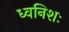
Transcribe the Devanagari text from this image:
ध्वनिशः